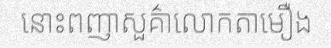
នោះពញាសួគ៌ាលោកតាមឿង